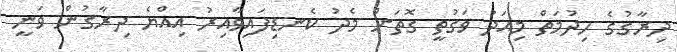
ދިރާގުގެ ހިދުމަތް މިއަދު ވަގުތީ ގޮތަށް މެދު ކެނޑިފައިވާއިރު އިއްޔެ ދިރާގުން ވަނީ